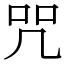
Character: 咒